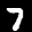
Label: 7